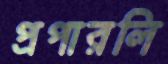
প্রপারলি